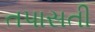
તપાસતી